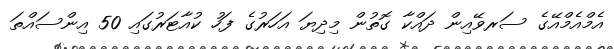
އެމްއެމްއޭގެ ސަރވޭއިން ދައްކާ ގޮތުން މިދިޔަ އަހަރުގެ ފަހު ކުއާޓަރުގައި 50 އިންސައްތަ